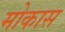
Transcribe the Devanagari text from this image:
मोकास